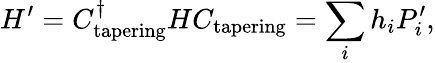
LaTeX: H^{\prime}=C_{\mathrm{tapering}}^{\dagger}HC_{\mathrm{tapering}}=\sum_{i}h_{i}P_{i}^{\prime},